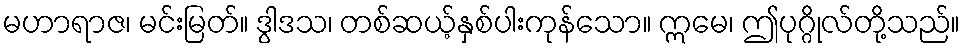
မဟာရာဇ၊ မင်းမြတ်။ ဒွါဒသ၊ တစ်ဆယ့်နှစ်ပါးကုန်သော။ ဣမေ၊ ဤပုဂ္ဂိုလ်တို့သည်။